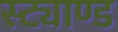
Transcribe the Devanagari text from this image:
स्ट्याण्ड